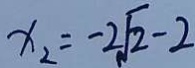
x _ { 2 } = - 2 \sqrt { 2 } - 2